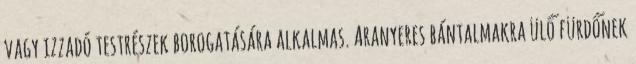
vagy izzadó testrészek borogatására alkalmas. Aranyeres bántalmakra ülő fürdőnek